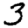
Digit: 3